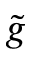
\tilde { g }